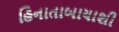
હિનાતાબાયાશી